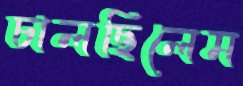
চালছিলেম